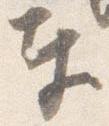
奉